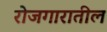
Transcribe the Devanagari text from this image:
रोजगारातील